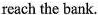
reach the bank.